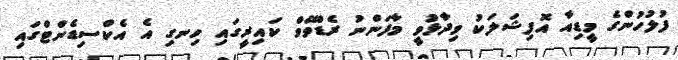
ފުލުހުންގެ މީޑިއާ އޮފިޝަލަކު ވިދާޅުވީ މާފަންނު ރެޑްވޭވް ކައިރީގައި ހިނގި އެ އެކްސިޑެންޓްގައި